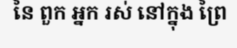
នៃ ពួក អ្នក រស់ នៅក្នុង ព្រៃ